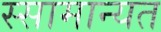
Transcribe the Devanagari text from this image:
स्सामान्यत